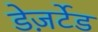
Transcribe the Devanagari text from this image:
डेज़र्टेड